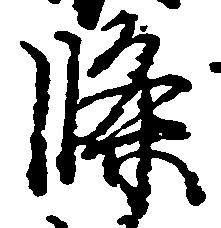
条